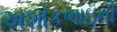
અશોકભાઇની